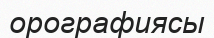
орографиясы